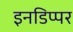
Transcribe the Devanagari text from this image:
इनडिप्पर